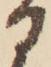
る